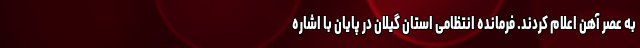
به عصر آهن اعلام کردند. فرمانده انتظامی استان گیلان در پایان با اشاره